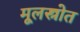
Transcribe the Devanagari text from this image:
मूलस्त्रोत